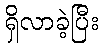
ရှိလာခဲ့ပြီး